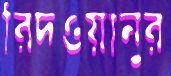
রিদওয়ানুর